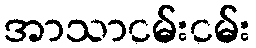
အာသာငမ်းငမ်း